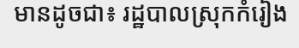
មានដូចជា៖ រដ្ឋបាលស្រុកកំរៀង